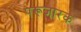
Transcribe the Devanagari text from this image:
परूजारक